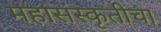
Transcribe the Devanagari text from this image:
महासंस्कृतीचा